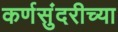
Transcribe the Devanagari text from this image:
कर्णसुंदरीच्या